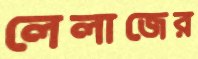
লেলাজের